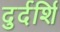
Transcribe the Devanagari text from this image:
दुर्दर्शि